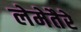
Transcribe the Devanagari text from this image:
लेमेतैरे